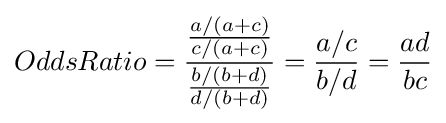
OddsRatio={{a/(a+c) \over c/(a+c)} \over {b/(b+d) \over d/(b+d)}}={a/c \over b/d}={ad \over bc}